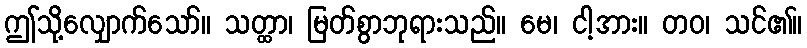
ဤသို့လျှောက်သော်။ သတ္ထာ၊ မြတ်စွာဘုရားသည်။ မေ၊ ငါ့အား။ တဝ၊ သင်၏။